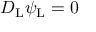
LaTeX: D _ { \mathrm { { L } } } \psi _ { \mathrm { { L } } } = 0